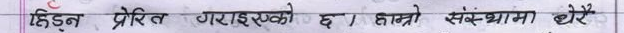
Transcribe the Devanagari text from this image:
हिड्न प्रेरित गराइएको छ । हाम्रो संस्थामा धेरै